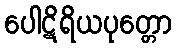
ပေါဋိရိယပုတ္တော